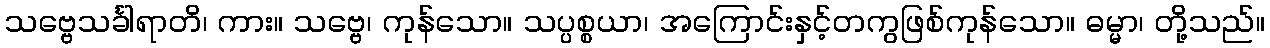
သဗ္ဗေသင်္ခါရာတိ၊ ကား။ သဗ္ဗေ၊ ကုန်သော။ သပ္ပစ္စယာ၊ အကြောင်းနှင့်တကွဖြစ်ကုန်သော။ ဓမ္မာ၊ တို့သည်။